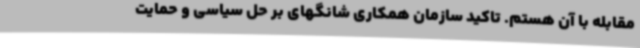
مقابله با آن هستم. تاکید سازمان همکاری شانگهای بر حل سیاسی و حمایت